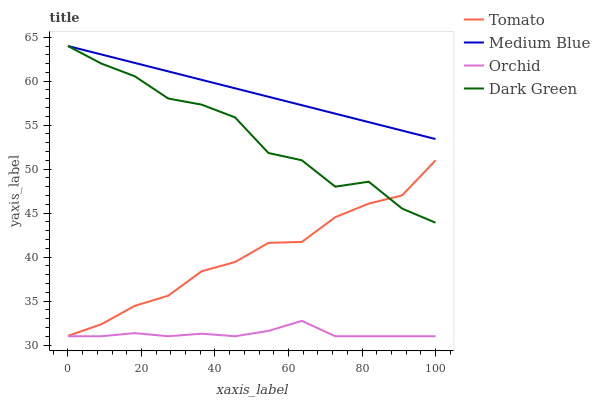
| xaxis_label | Tomato | Medium Blue | Orchid | Dark Green |
 | --- | --- | --- | --- | --- |
 | 0 | 31 | 64 | 31 | 64 |
 | 9.09 | 32.4 | 63 | 31 | 62 |
 | 18.2 | 34.5 | 62.1 | 31.4 | 60.6 |
 | 27.3 | 35.6 | 61.1 | 31 | 58 |
 | 36.4 | 38.4 | 60.2 | 31.3 | 57.3 |
 | 45.5 | 39.4 | 59.2 | 31 | 55.9 |
 | 54.5 | 41.6 | 58.2 | 31.6 | 51.8 |
 | 63.6 | 41.7 | 57.3 | 32.7 | 51 |
 | 72.7 | 44.5 | 56.3 | 31 | 48 |
 | 81.8 | 46.1 | 55.3 | 31 | 48.6 |
 | 90.9 | 47 | 54.4 | 31 | 45.5 |
 | 100 | 51 | 53.4 | 31 | 43.9 |